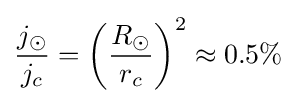
{\frac {j_{\odot }}{j_{c}}}=\left({\frac {R_{\odot }}{r_{c}}}\right)^{2}\approx 0.5\%